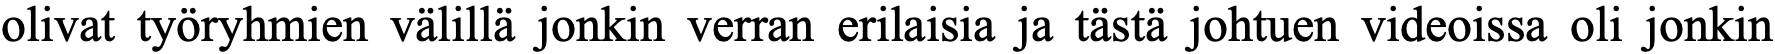
olivat työryhmien välillä jonkin verran erilaisia ja tästä johtuen videoissa oli jonkin